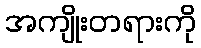
အကျိုးတရားကို